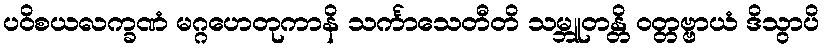
ပဝိစယလက္ခဏံ မဂ္ဂဟေတုကာနိ သင်္ကာသေတီတိ သမ္ဘူတန္တိ ဝတ္တဗ္ဗာယံ ဒိသွာပိ